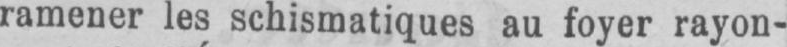
ramener les schismatiques au foyer rayon-